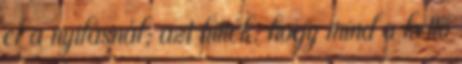
el a nyilásnál; azt hitték, hogy mind a kettő